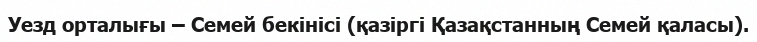
Уезд орталығы – Семей бекінісі (қазіргі Қазақстанның Семей қаласы).